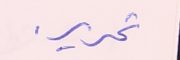
تحرير.